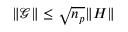
\lVert \boldsymbol { \mathcal { G } } \rVert \leq \sqrt { n _ { p } } \lVert H \rVert